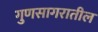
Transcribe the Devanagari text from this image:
गुणसागरातील